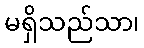
မရှိသည်သာ၊